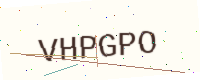
Text: VHPGPO